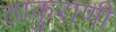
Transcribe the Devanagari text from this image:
ठाकुराणी